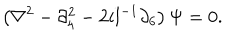
\left( \nabla ^ { 2 } - \partial _ { 4 } ^ { 2 } - 2 i l ^ { - 1 } \partial _ { 6 } \right) \Psi = 0 .